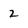
Character: 2